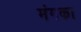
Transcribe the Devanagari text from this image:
मंगका